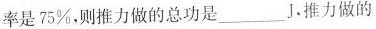
率是75%，则推力做的总功是___J，推力做的